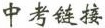
中考链接